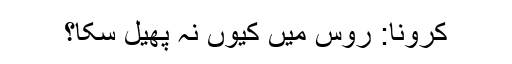
کرونا: روس میں کیوں نہ پھیل سکا؟